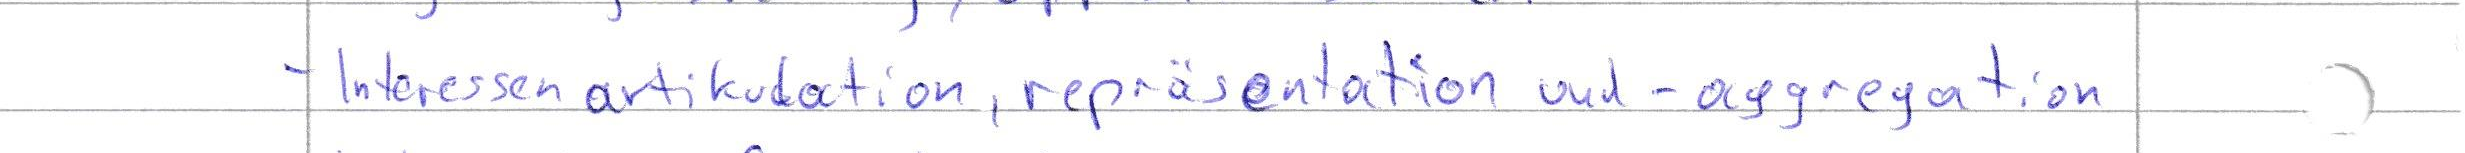
- Interessenartikulation, repräsentation und - aggregation